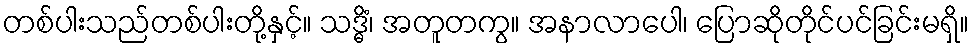
တစ်ပါးသည်တစ်ပါးတို့နှင့်။ သဒ္ဓိံ၊ အတူတကွ။ အနာလာပေါ၊ ပြောဆိုတိုင်ပင်ခြင်းမရှိ။